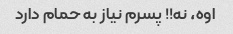
اوه، نه!! پسرم نیاز به حمام دارد